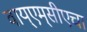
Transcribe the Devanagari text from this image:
वाय्‌एम्‌सीएचा